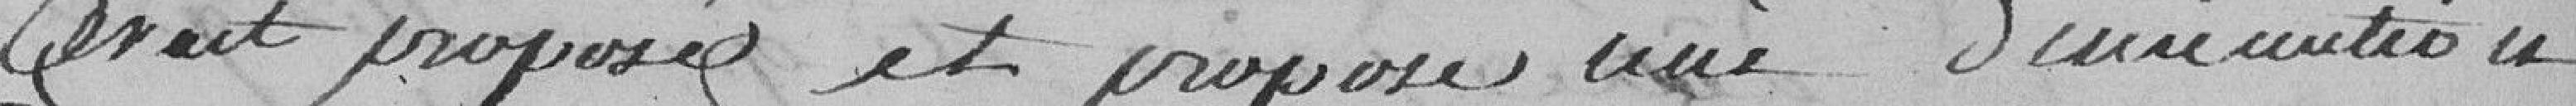
avait proposé et propose une diminution